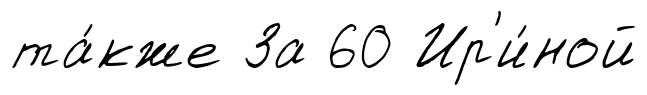
та́кже За 60 Ир'и́ной